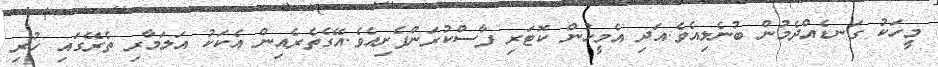
މީހަކު ގަނޑެއްދެމުން ބުނެލިއެވެ.އަދި އެމީހުން ކޮޓަރި ފާސްކުރަންފެށިއެވެ.އޭގެތެރެއިން އެކަކު އަލަމާރި ތެރޭގައި ހުރި